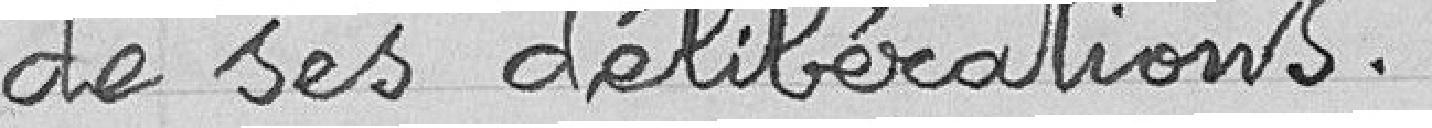
de ses délibérations.